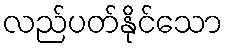
လည်ပတ်နိုင်သော